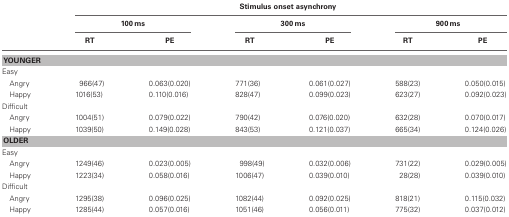
|  | <COLSPAN=6> Stimulus onset asynchrony |
 |  | <COLSPAN=2> 100 ms | <COLSPAN=2> 300 ms | <COLSPAN=2> 900 ms |
 |  | RT | PE | RT | PE | RT | PE |
 | --- | --- | --- | --- | --- | --- | --- |
 | <COLSPAN=7> YOUNGER |
 | Easy |  |  |  |  |  |  |
 | Angry | 966 (47) | 0.063 (0.020) | 771 (36) | 0.061 (0.027) | 588 (23) | 0.050 (0.015) |
 | Happy | 1016 (53) | 0.110 (0.016) | 828 (47) | 0.099 (0.023) | 623 (27) | 0.092 (0.023) |
 | Difficult |  |  |  |  |  |  |
 | Angry | 1004 (51) | 0.079 (0.022) | 790 (42) | 0.076 (0.020) | 632 (28) | 0.070 (0.017) |
 | Happy | 1039 (50) | 0.149 (0.028) | 843 (53) | 0.121 (0.037) | 665 (34) | 0.124 (0.026) |
 | <COLSPAN=7> OLDER |
 | Easy |  |  |  |  |  |  |
 | Angry | 1249 (46) | 0.023 (0.005) | 998 (49) | 0.032 (0.006) | 731 (22) | 0.029 (0.005) |
 | Happy | 1223 (34) | 0.058 (0.016) | 1006 (47) | 0.039 (0.010) | 28 (28) | 0.039 (0.010) |
 | Difficult |  |  |  |  |  |  |
 | Angry | 1295 (38) | 0.096 (0.025) | 1082 (44) | 0.092 (0.025) | 818 (21) | 0.115 (0.032) |
 | Happy | 1285 (44) | 0.057 (0.016) | 1051 (46) | 0.056 (0.011) | 775 (32) | 0.037 (0.012) |